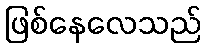
ဖြစ်နေလေသည်